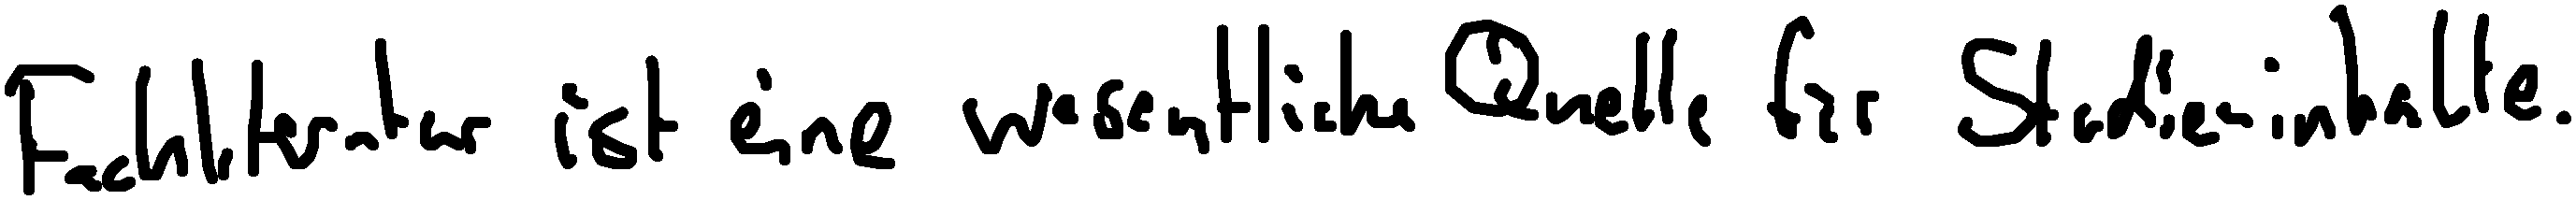
Fachliteratur ist eine wesentliche Quelle für Studieninhalte.